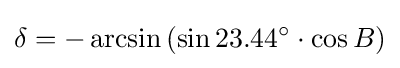
\delta =-\arcsin \left(\sin 23.44^{\circ }\cdot \cos B\right)